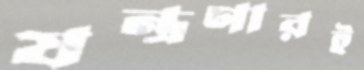
যন্ত্রণারই